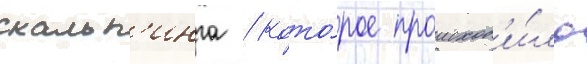
скальп'инга / кото́рое происход'и́ло